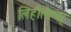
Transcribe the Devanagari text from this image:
लिहीलेल्या्